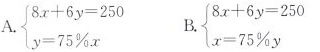
A.$$\begin { cases }